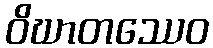
ဝိဃာတဿေဝ